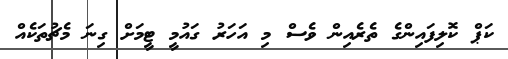
ކަޕް ކޮލިފައިންގެ ތެރެއިން ވެސް މި އަހަރު ގައުމީ ޓީމަށް ގިނަ މެޗުތަކެއް